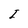
Character: I